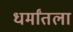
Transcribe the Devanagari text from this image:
धर्मांतला